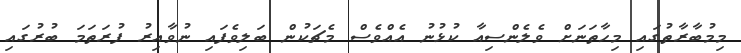
މިމުބާރާތުގައި މިހާތަނަށް ވެލެންސިއާ ކުޅުނު އެއްވެސް މެޗަކުން ބަލިވެފައި ނުވާއިރު ފުރަތަމަ ބުރުގައި